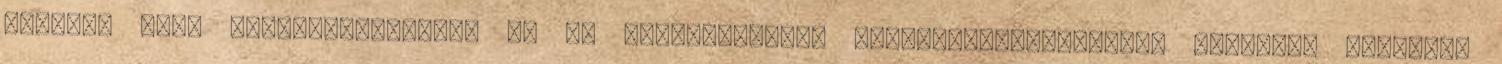
szintén arra figyelmeztetett: az EU állampolgárok diszkriminációmentes kezelése alapelv,